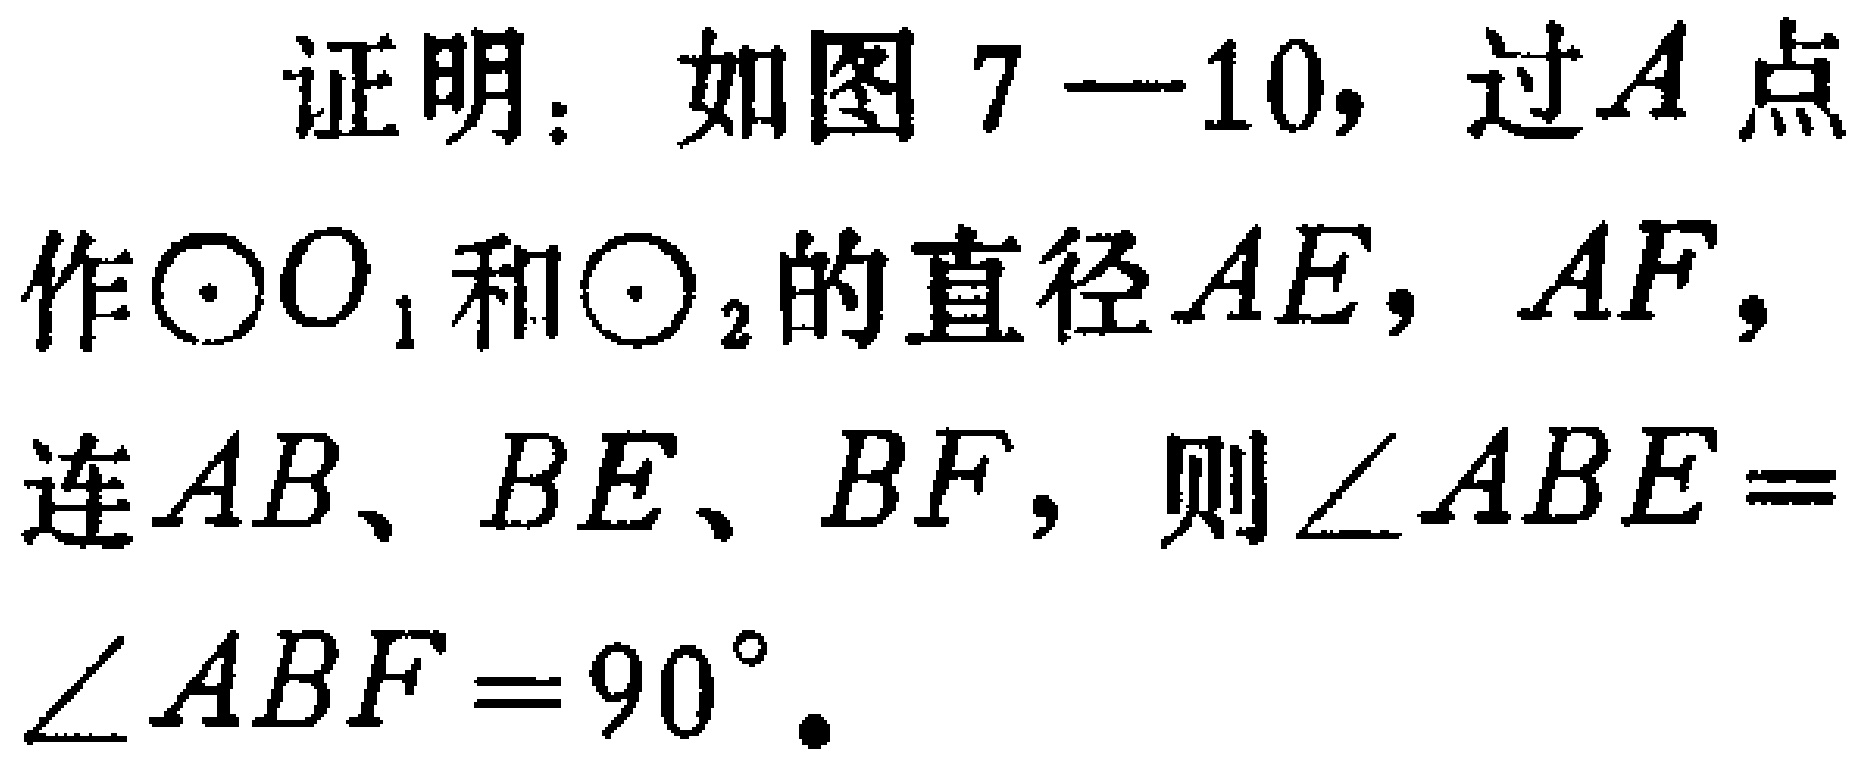
证明：如图7—10，过\(A\)点作\(\odot O_{1}\)和\(\odot O_{2}\)的直径\(AE\)，\(AF\)，连\(AB\)、\(BE\)、\(BF\)，则\(\angle ABE = \angle ABF = 90^{\circ}\)。